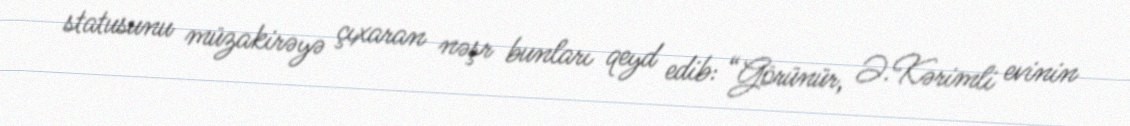
statusunu müzakirəyə çıxaran nəşr bunları qeyd edib: “Görünür, Ə.Kərimli evinin